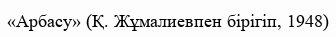
«Арбасу» (Қ. Жұмалиевпен бірігіп, 1948)